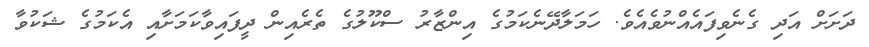
ދަށަށް އަދި ގެނެވިފައެއްނުވެއެވެ. ހަމަލާދޭނެކަމުގެ އިންޒާރު ސްކޫލުގެ ތެރެއިން ދީފައިވާކަމަށާއި އެކަމުގެ ޝަކުވާ